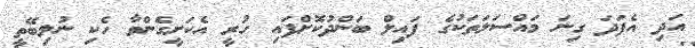
އަދި އެފަދަ ގިނަ މައްސަލަތަކުގެ ފައިލް ބަންދުކޮށްފައި ހުރީ އެކަށީގެންވާ ހެކި ނުލިބޭތީ